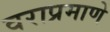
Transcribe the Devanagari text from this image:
वराप्रमाणे